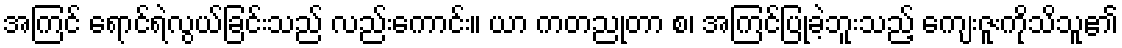
အကြင် ရောင်ရဲလွယ်ခြင်းသည် လည်းကောင်း။ ယာ ကတညုတာ စ၊ အကြင်ပြုခဲ့ဘူးသည့် ကျေးဇူးကိုသိသူ၏